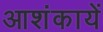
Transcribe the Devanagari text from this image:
आशंकायें